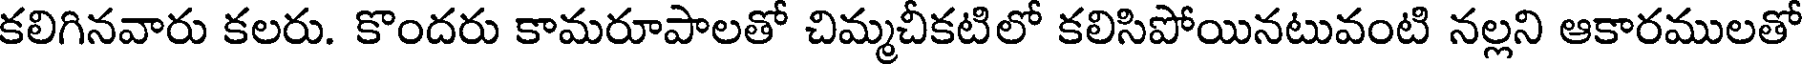
కలిగినవారు కలరు. కొందరు కామరూపాలతో చిమ్మచీకటిలో కలిసిపోయినటువంటి నల్లని ఆకారములతో